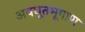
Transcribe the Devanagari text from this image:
अवधूतभूषाण